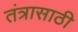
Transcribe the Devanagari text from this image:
तंत्रासाठी